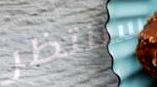
سننتظر